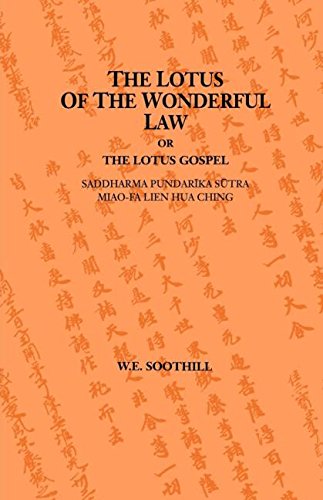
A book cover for The Lotus of the Wonderful Law, or The Lotus Gospel: Saddharma Pundarika Sutra / Mao-Fa Lien Hua Ching; William Edward Soothill; Religion & Spirituality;